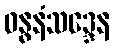
ဓနွနံသဒ္ဒေန